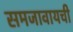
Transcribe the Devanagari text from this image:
समजावायची